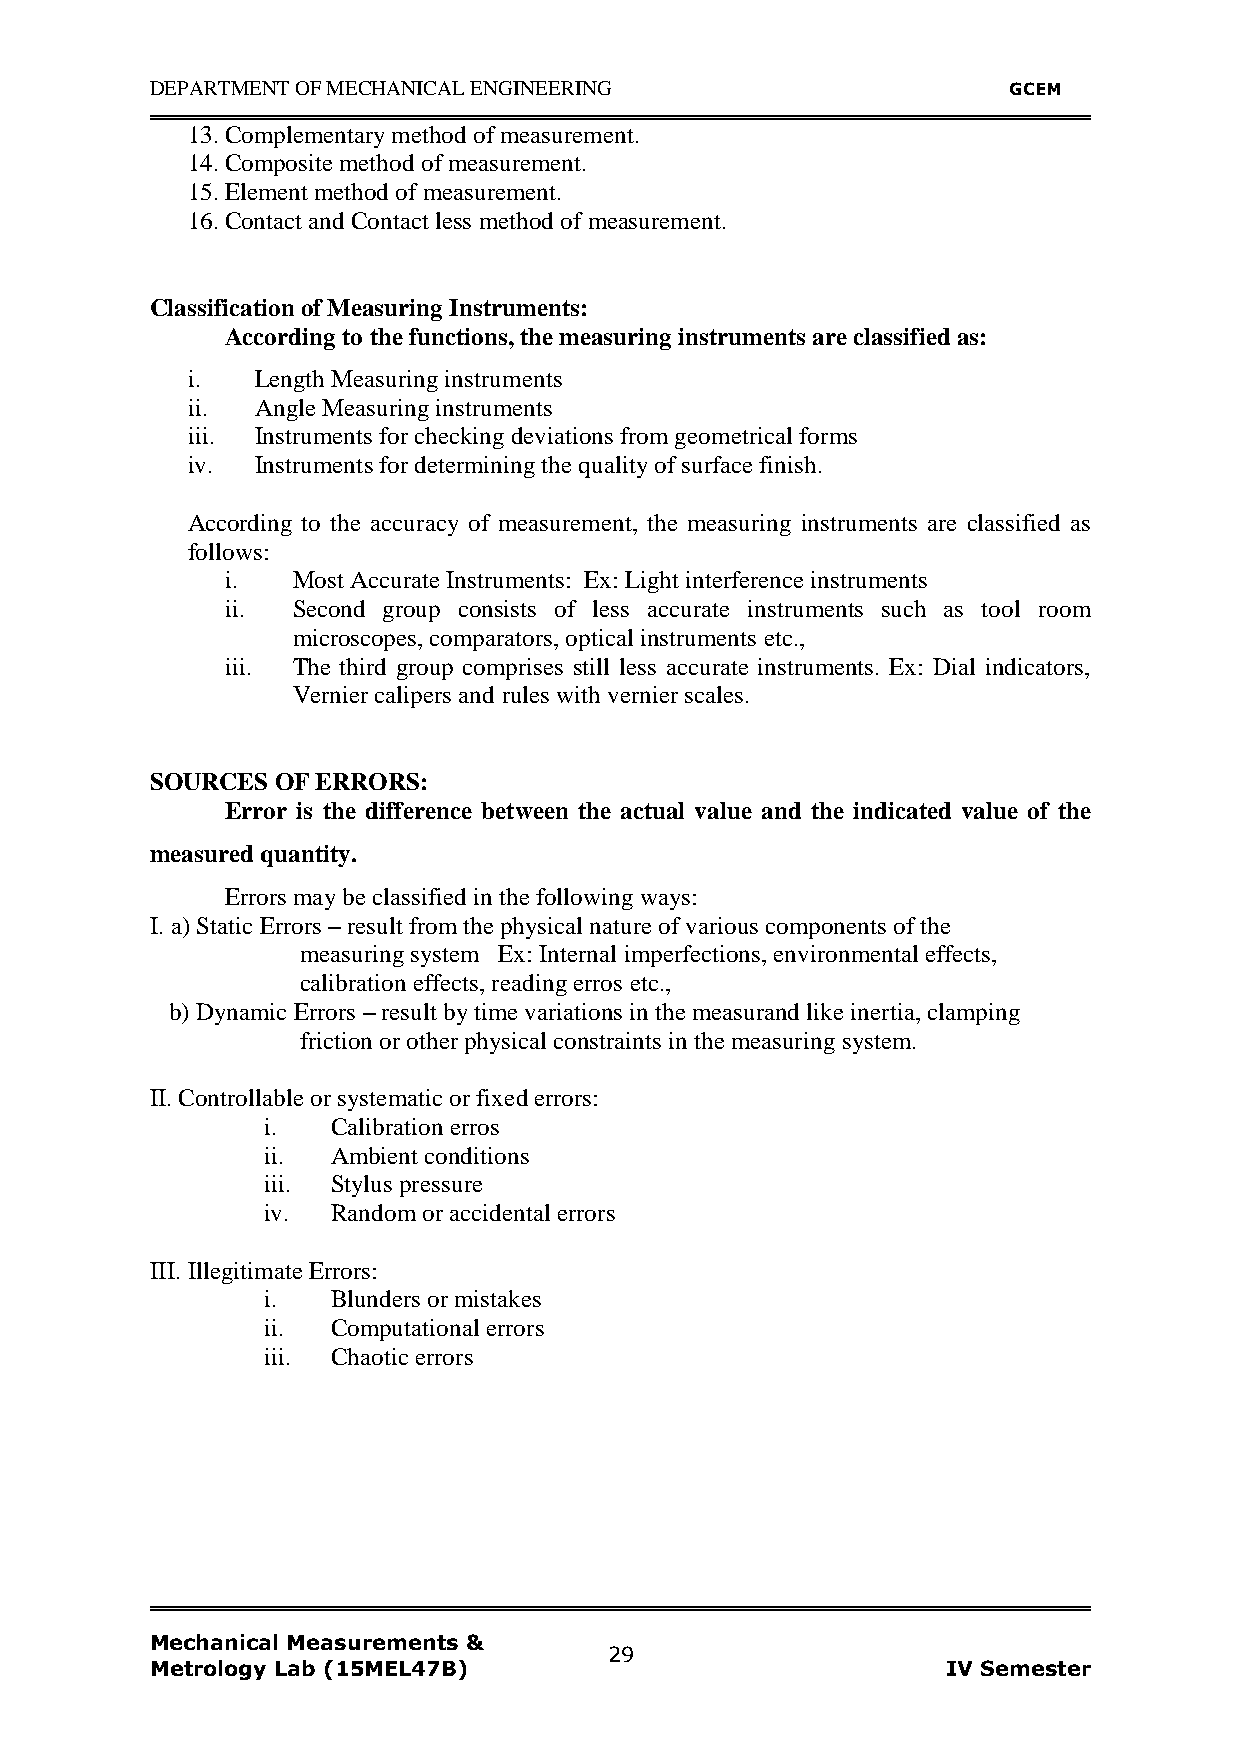
DEPARTMENT OF MECHANICAL ENGINEERING                     GCEM
 13. Complementary method of measurement.
 14. Composite method of measurement.
 15. Element method of measurement.
 16. Contact and Contact less method of measurement.
 Classification of Measuring Instruments:
 According to the functions, the measuring instruments are classified as:
 i.   Length Measuring instruments
 ii.  Angle Measuring instruments
 iii. Instruments for checking deviations from geometrical forms
 iv.  Instruments for determining the quality of surface finish.
 According to the accuracy of measurement, the measuring instruments are classified as
 follows:
 i.  Most Accurate Instruments: Ex: Light interference instruments
 ii. Second group consists of less accurate instruments such as tool room
 microscopes, comparators, optical instruments etc.,
 iii. The third group comprises still less accurate instruments. Ex: Dial indicators,
 Vernier calipers and rules with vernier scales.
 SOURCES OF ERRORS:
 Error is the difference between the actual value and the indicated value of the
 measured quantity.
 Errors may be classified in the following ways:
 I. a) Static Errors – result from the physical nature of various components of the
 measuring system Ex: Internal imperfections, environmental effects,
 calibration effects, reading erros etc.,
 b) Dynamic Errors – result by time variations in the measurand like inertia, clamping
 friction or other physical constraints in the measuring system.
 II. Controllable or systematic or fixed errors:
 i.   Calibration erros
 ii.  Ambient conditions
 iii. Stylus pressure
 iv.  Random or accidental errors
 III. Illegitimate Errors:
 i.   Blunders or mistakes
 ii.  Computational errors
 iii. Chaotic errors
 Mechanical Measurements &
 29
 Metrology Lab (15MEL47B)                             IV Semester